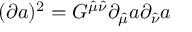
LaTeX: ( \partial a ) ^ { 2 } = G ^ { \hat { \mu } \hat { \nu } } \partial _ { \hat { \mu } } a \partial _ { \hat { \nu } } a